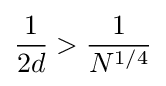
{\frac {1}{2d}}>{\frac {1}{N^{1/4}}}